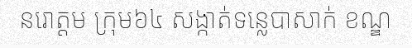
នរោត្តម ក្រុម៦៤ សង្កាត់ទន្លេបាសាក់ ខណ្ឌ